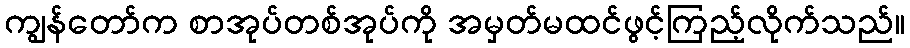
ကျွန်တော်က စာအုပ်တစ်အုပ်ကို အမှတ်မထင်ဖွင့်ကြည့်လိုက်သည်။